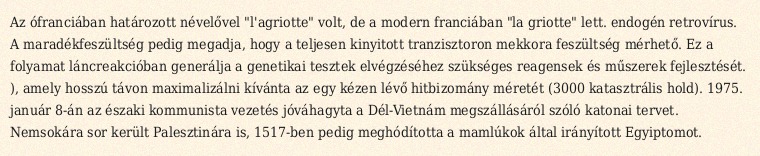
Az ófranciában határozott névelővel "l'agriotte" volt, de a modern franciában "la griotte" lett. endogén retrovírus. A maradékfeszültség pedig megadja, hogy a teljesen kinyitott tranzisztoron mekkora feszültség mérhető. Ez a folyamat láncreakcióban generálja a genetikai tesztek elvégzéséhez szükséges reagensek és műszerek fejlesztését. ), amely hosszú távon maximalizálni kívánta az egy kézen lévő hitbizomány méretét (3000 katasztrális hold). 1975. január 8-án az északi kommunista vezetés jóváhagyta a Dél-Vietnám megszállásáról szóló katonai tervet. Nemsokára sor került Palesztinára is, 1517-ben pedig meghódította a mamlúkok által irányított Egyiptomot.